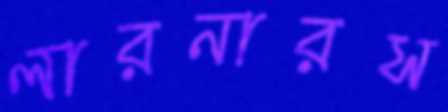
লারনারস